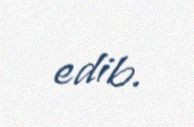
edib.